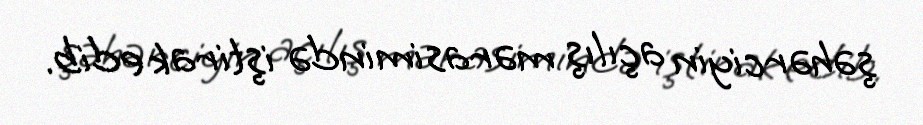
şəhərciyin açılış mərasimində iştirak edib.